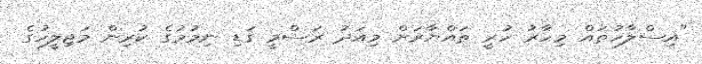
"އިސްލާހުތައް މިހާރު ހުރީ ތައްޔާރަށް މިއަދު ރަސްމީ ގަޑި ނިމުމުގެ ކުރިން މަޖިލީހުގެ